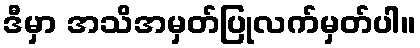
ဒီမှာ အသိအမှတ်ပြုလက်မှတ်ပါ။